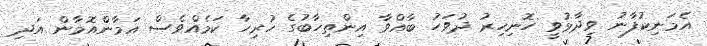
އެމަނިކުފާނު ވިދާޅުވީ ހޮނިހިރު ދުވަހު ބާއްވާ އިންތިހާބުގެ ހުރިހާ ކަމެއްވެސް އަމާންއޮމާން އަދި